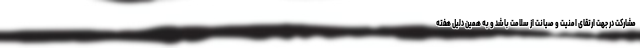
مشارکت در جهت ارتقای امنیت و صیانت از سلامت باشد و به همین دلیل هفته